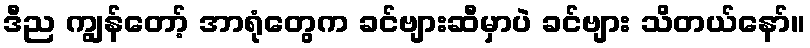
ဒီည ကျွန်တော့် အာရုံတွေက ခင်ဗျားဆီမှာပဲ ခင်ဗျား သိတယ်နော်။